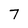
Character: 7